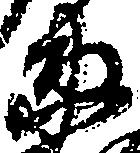
衛